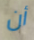
أن